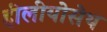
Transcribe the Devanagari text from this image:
हीलीयोसेथ